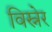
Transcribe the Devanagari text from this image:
विस्नेर